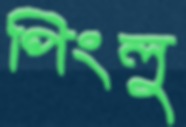
পিংলু